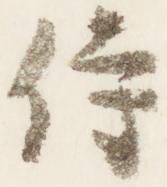
侍